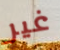
غير